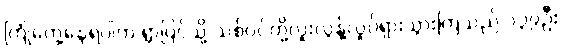
ကြုံတွေ့နေရပါက ရွာပြင်သို့ သစ်ပင်တို့လူးလွန့်လှုပ်ရှားသွားကြသည် ၁၃၉ဦး